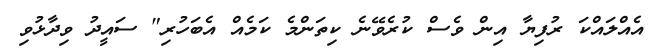
އެއްލައްކަ ރުފިޔާ އިން ވެސް ކުރެވޭނެ ކިތަންމެ ކަމެއް އެބަހުރި" ސައީދު ވިދާޅުވި